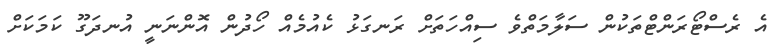
އެ ރެސްޓޯރަންޓްތަކުން ސަލާމަތްވެ ސިއްހަތަށް ރަނގަޅު ކެއުމެއް ހޯދުން އޮންނަނީ އުނދަގޫ ކަމަކަށް